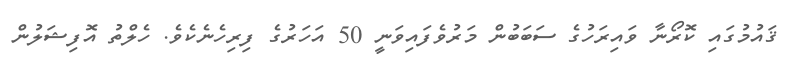
ޤައުމުގައި ކޮރޯނާ ވައިރަހުގެ ސަބަބުން މަރުވެފައިވަނީ 50 އަހަރުގެ ފިރިހެނެކެވެ. ހެލްތު އޮފިޝަލުން